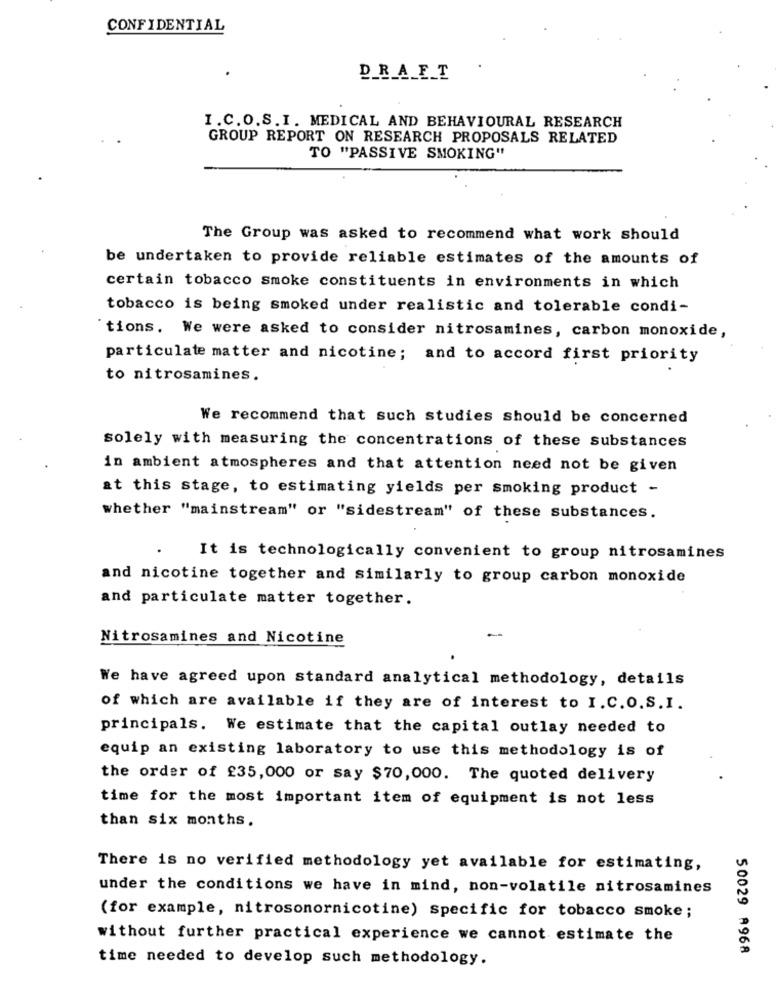
CONFIDENTIAL
DRAFT
I.C.O.S.I. MEDICAL AND BEHAVIOURAL RESEARCH
GROUP REPORT ON RESEARCH PROPOSALS RELATED
TO "PASSIVE SMOKING"
The Group was asked to recommend what work should
be undertaken to provide reliable estimates of the amounts of
certain tobacco smoke constituents in environments in which
tobacco is being smoked under realistic and tolerable condi-
'tions. We were asked to consider nitrosamines, carbon monoxide,
particulate matter and nicotine; and to accord first priority
to nitrosamines.
We recommend that such studies should be concerned
solely with measuring the concentrations of these substances
in ambient atmospheres and that attention need not be given
at this stage, to estimating yields per smoking product -
whether "mainstream" or "sidestream" of these substances.
It is technologically convenient to group nitrosamines
and nicotine together and similarly to group carbon monoxide
and particulate matter together.
Nitrosamines and Nicotine
We have agreed upon standard analytical methodology, details
of which are available if they are of interest to I.C.O.S.I.
principals. We estimate that the capital outlay needed to
equip an existing laboratory to use this methodology is of
the order of £35,000 or say $70,000. The quoted delivery
time for the most important item of equipment is not less
than six months.
There is no verified methodology yet available for estimating,
under the conditions we have in mind, non-volatile nitrosamines
(for example, nitrosonornicotine) specific for tobacco smoke;
without further practical experience we cannot estimate the
50029 A968
time needed to develop such methodology.